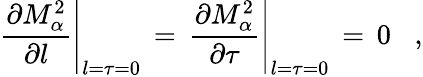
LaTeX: \left.\frac{\partial M_{\alpha}^{2}}{\partial l}\right|_{l=\tau=0}\, =\, \left.\frac{\partial M_{\alpha}^{2}}{\partial\tau}\right|_{l=\tau=0}\, =\, 0\; \; \; ,